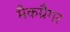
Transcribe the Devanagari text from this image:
मैकग्रैगर